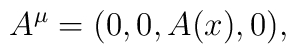
A^{\mu}=(0, 0, A(x), 0),